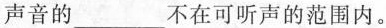
声音的___不在可听声的范围内。